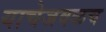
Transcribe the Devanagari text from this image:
याचेजवळच